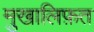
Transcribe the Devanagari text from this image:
मु़खालिफ़त